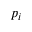
p _ { i }